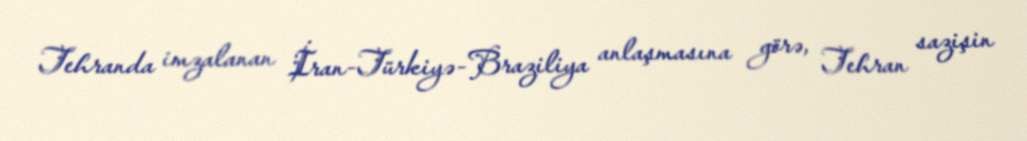
Tehranda imzalanan İran-Türkiyə-Braziliya anlaşmasına görə, Tehran sazişin